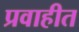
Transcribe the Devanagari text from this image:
प्रवाहीत